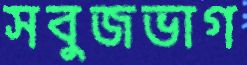
সবুজভাগ